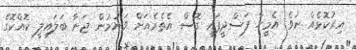
އިރުކޮޅެއް ނުވެ އެމީހާ ފަސްދީފައި ގޮސް އެތެރެއަށް ވަނުމުން ޖަނާ ބަލައިލީ ކޮއްކޮގެ